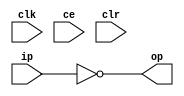
module sysgen_inverter_dea83a2b38 (
  input [(1 - 1):0] ip,
  output [(1 - 1):0] op,
  input clk,
  input ce,
  input clr);
  wire ip_1_26;
  reg op_mem_22_20[0:(1 - 1)];
  initial
    begin
      op_mem_22_20[0] = 1'b0;
    end
  wire op_mem_22_20_front_din;
  wire op_mem_22_20_back;
  wire op_mem_22_20_push_front_pop_back_en;
  localparam [(1 - 1):0] const_value = 1'b1;
  wire internal_ip_12_1_bitnot;
  assign ip_1_26 = ip;
  assign op_mem_22_20_back = op_mem_22_20[0];
  always @(posedge clk)
    begin:proc_op_mem_22_20
      integer i;
      if (((ce == 1'b1) && (op_mem_22_20_push_front_pop_back_en == 1'b1)))
        begin
          op_mem_22_20[0] <= op_mem_22_20_front_din;
        end
    end
  assign internal_ip_12_1_bitnot = ~ip_1_26;
  assign op_mem_22_20_push_front_pop_back_en = 1'b0;
  assign op = internal_ip_12_1_bitnot;
endmodule